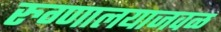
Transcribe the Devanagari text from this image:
रुग्णालयाजवळ